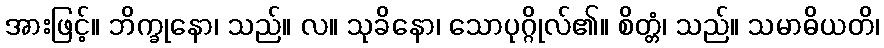
အားဖြင့်။ ဘိက္ခုနော၊ သည်။ လ။ သုခိနော၊ သောပုဂ္ဂိုလ်၏။ စိတ္တံ၊ သည်။ သမာဓိယတိ၊